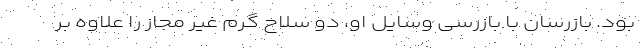
بود. بازرسان با بازرسی وسایل او، دو سلاح گرم غیر مجاز را علاوه بر